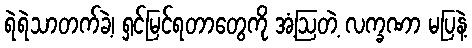
ရဲရဲသာတက်ခဲ့၊ ရှင်မြင်ရတာတွေကို အံ့ဩတဲ့ လက္ခဏာ မပြနဲ့